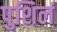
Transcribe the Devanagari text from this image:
पुशिलं